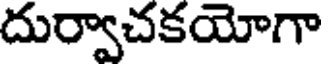
దుర్వాచకయోగా